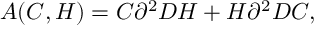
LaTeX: { \cal A } ( C , H ) = C \partial ^ { 2 } D H + H \partial ^ { 2 } D C ,